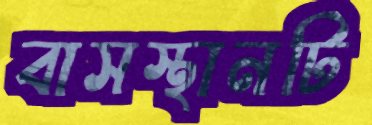
বাসস্থানটি